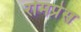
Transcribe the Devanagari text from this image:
रोमप्रेस